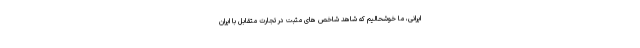
ایرانی، ما خوشحالیم که شاهد شاخص های مثبت در تجارت متقابل با ایران